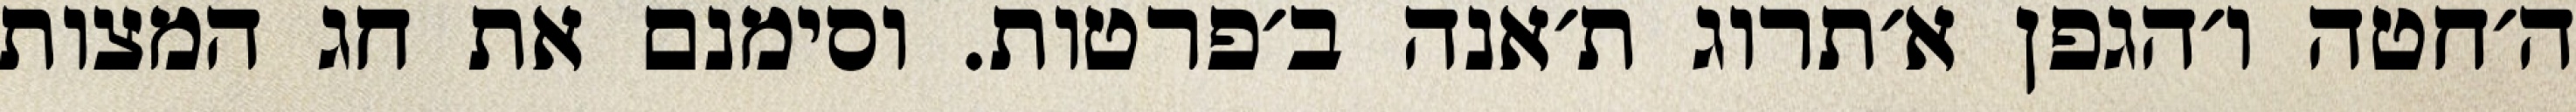
ה׳חטה ו׳הגפן א׳תרוג ת׳אנה ב׳פרטות. וסימנם את חג המצות